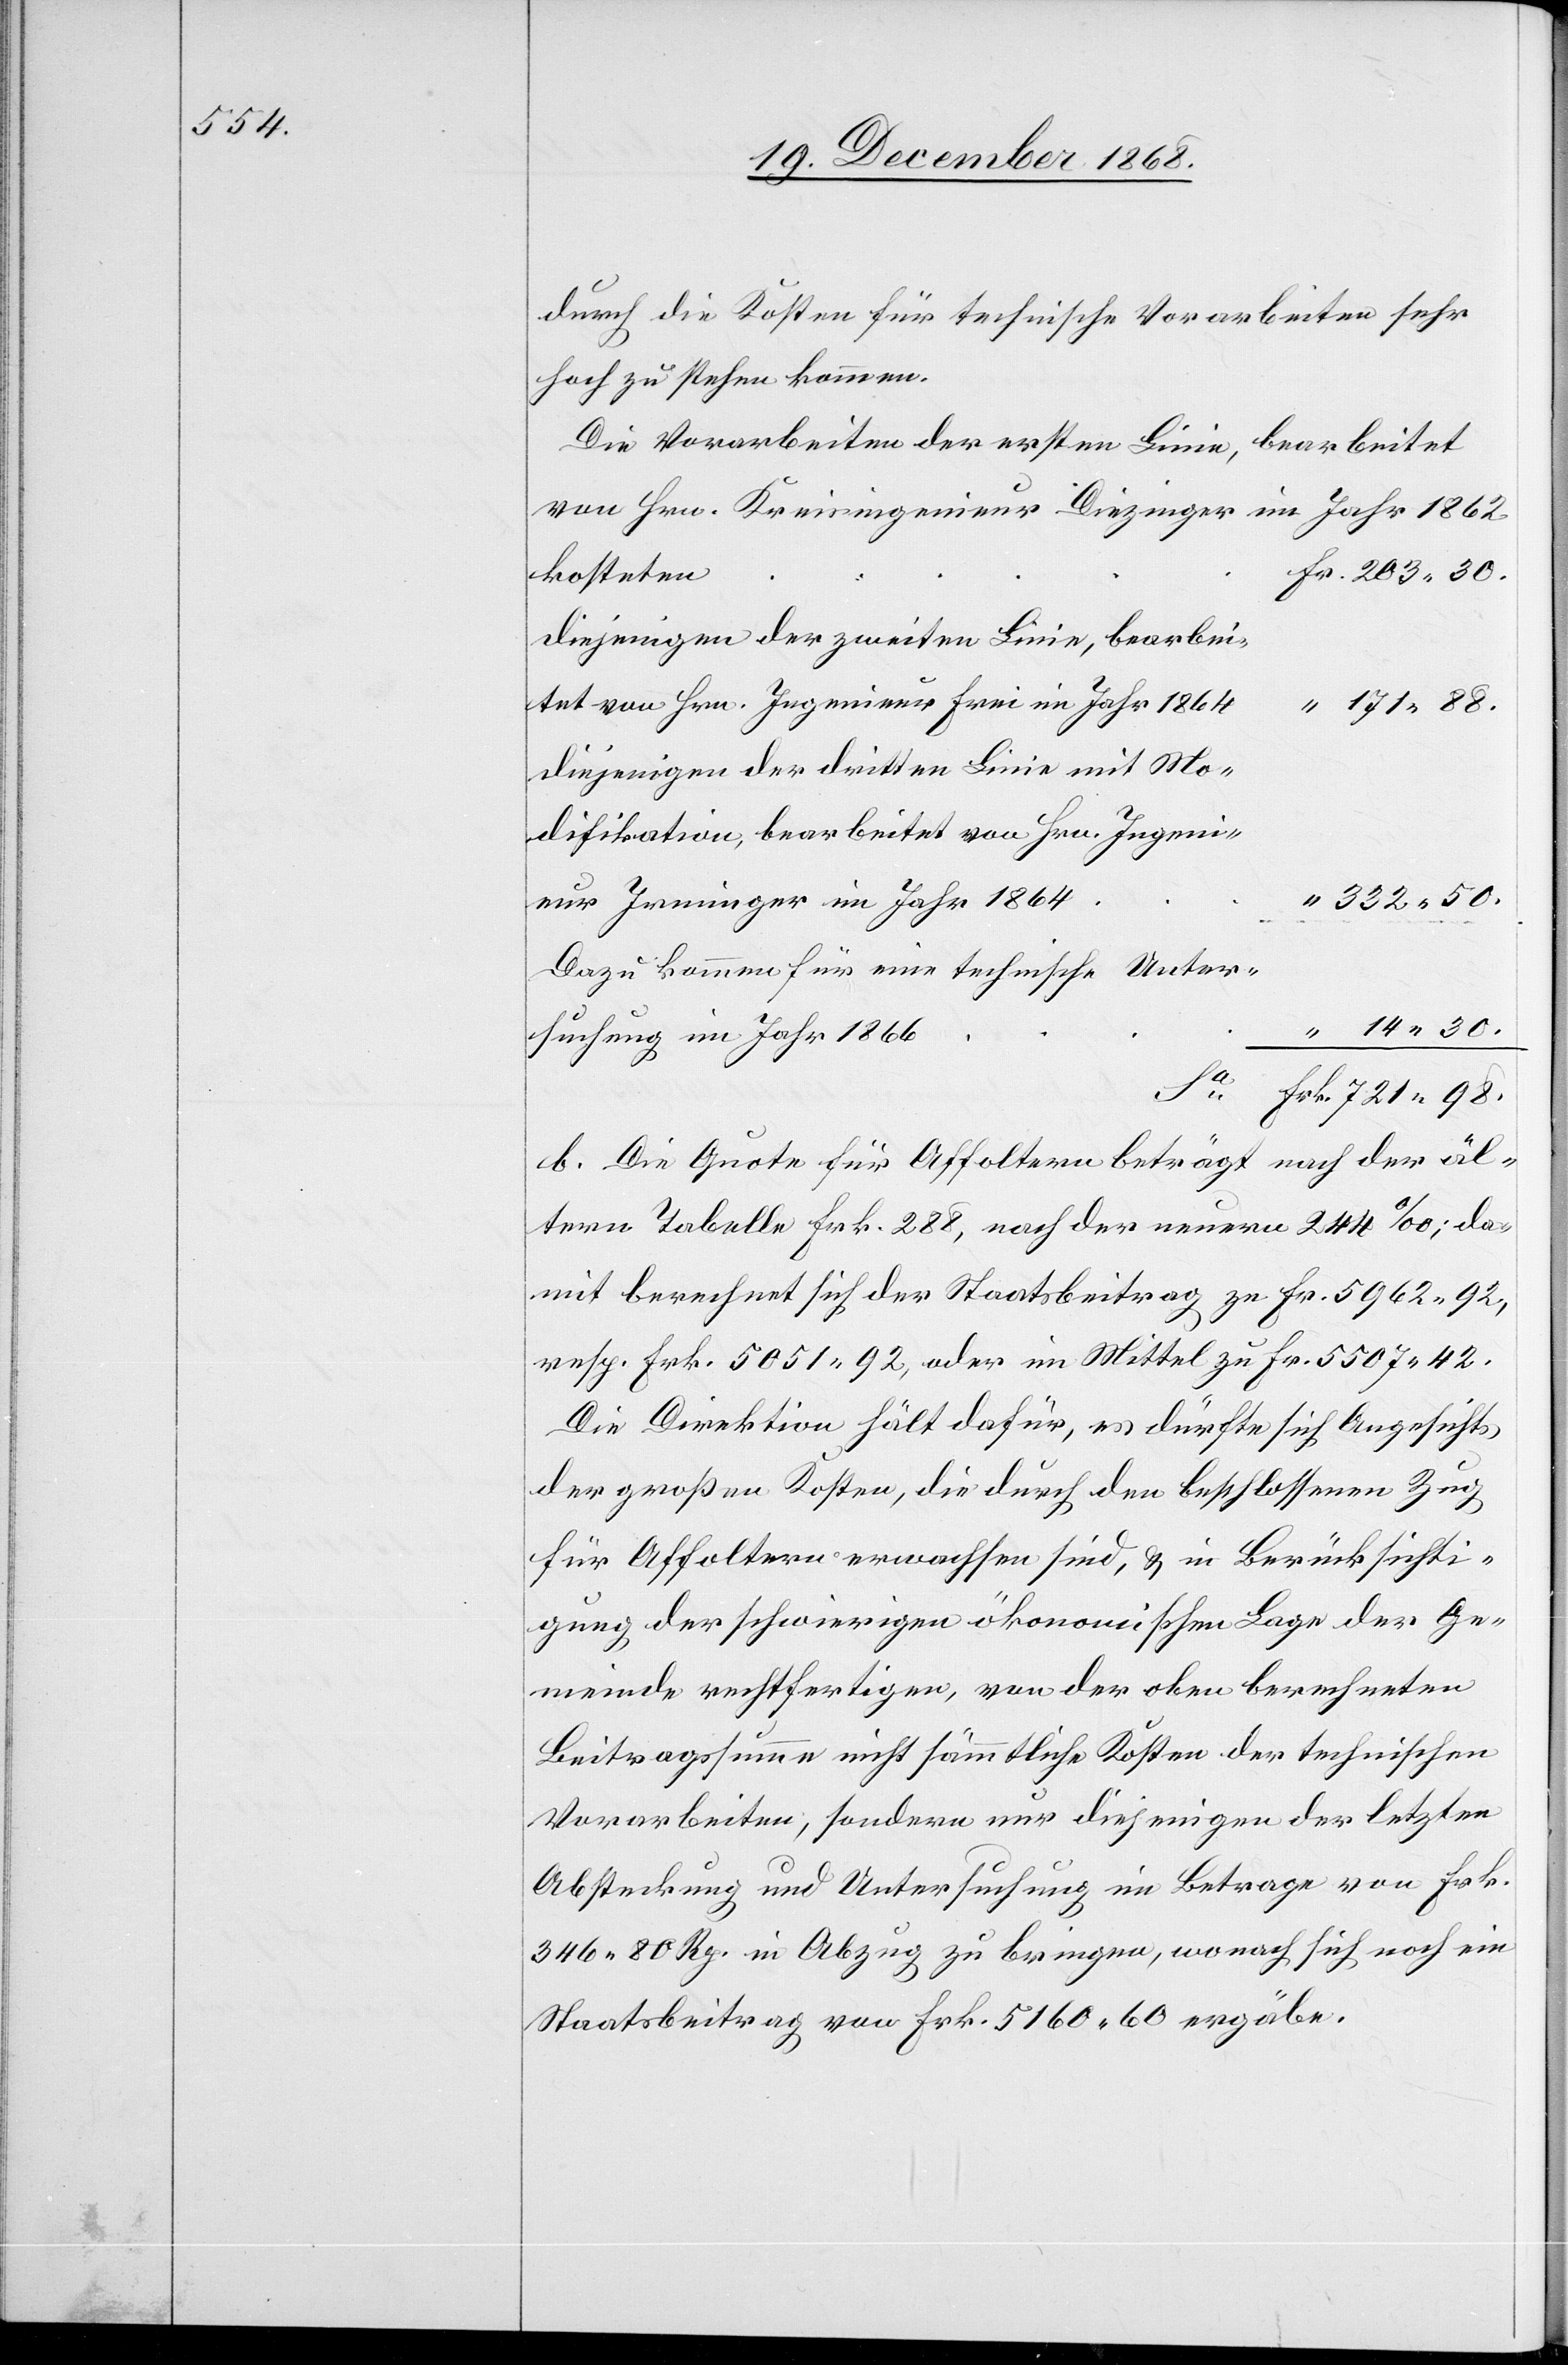
durch die Kosten für technische Vorarbeiten sehr
hoch zu stehen kommen.
Die Vorarbeiten der ersten Linie,
bearbeitet
von Hrn. Kreisingenieur Diezinger im Jahr 1862
Fr. 203.30.
kosteten
diejenigen der zweiten Linie, bearbei¬
tet von Hrn. Ingenieur Frei im Jahr 1864
diejenigen der dritten Linie mit Mo¬
difikation, bearbeitet von Hrn. Ingeni¬
“ 332.50.
eur Irminger im Jahr 1864
Dazu kommen für eine technische Unter¬
14.30.
“
suchung im Jahr 1866
Frk. 721.98.
b. Die Quote für Affoltern beträgt nach der äl¬
tern Tabelle Frk. 288, nach der neuern 244‰; da¬
mit berechnet sich der Staatsbeitrag zu Fr. 5962.92,
resp. Frk. 5051.92, oder im Mittel zu Fr. 5507.42.
Die Direktion hält dafür, es dürfte sich Angesichts
der großen Kosten, die durch den beschlossenen Zug
für Affoltern erwachsen sind, & in Berücksichti¬
gung der schwierigen ökonomischen Lage der Ge¬
meinde rechtfertigen, von der oben berechneten
Beitragssumme nicht sämmtliche Kosten der technischen
Vorarbeiten, sondern nur diejenigen der letzten
Absteckung und Untersuchung im Betrage von Frk.
346 80 Rp. in Abzug zu bringen, wonach sich noch ein
Staatsbeitrag von Frk. 5160.60 ergäbe.